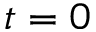
t = 0